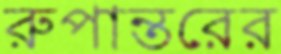
রুপান্তরের